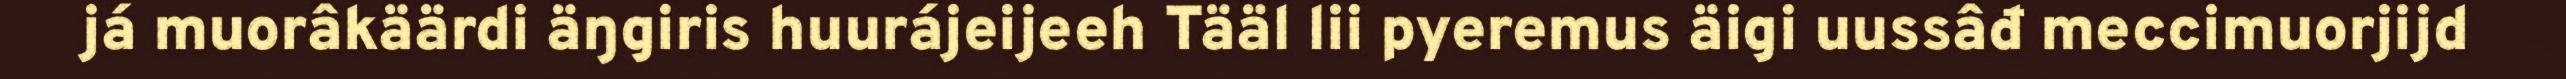
já muorâkäärdi äŋgiris huurájeijeeh Tääl lii pyeremus äigi uussâđ meccimuorjijd